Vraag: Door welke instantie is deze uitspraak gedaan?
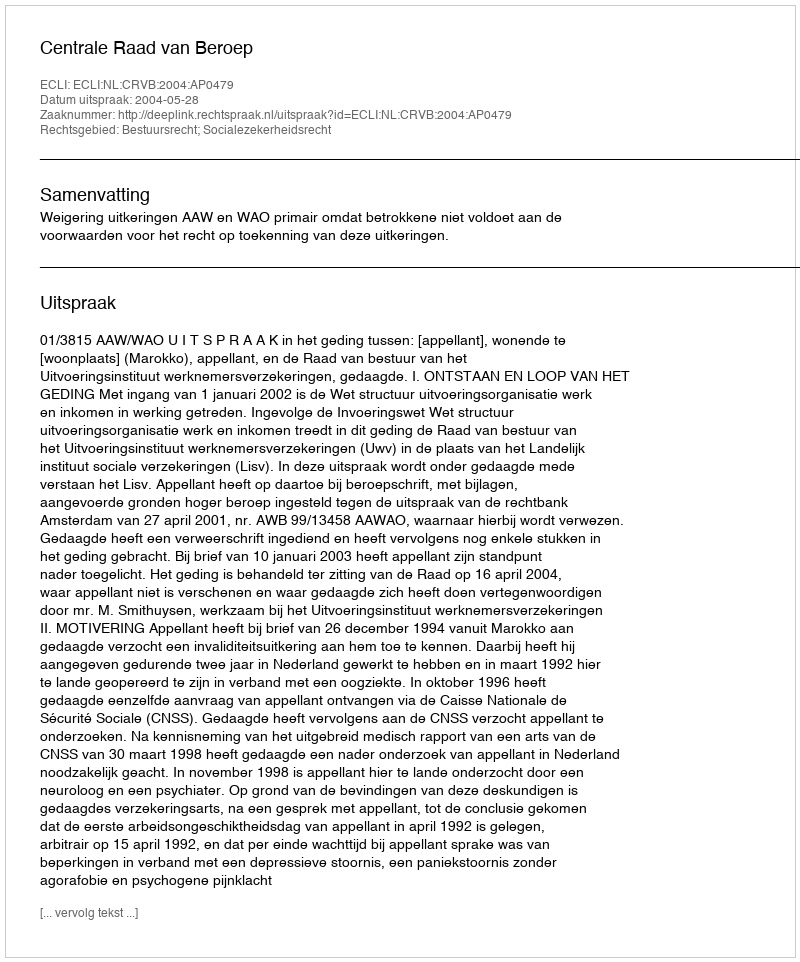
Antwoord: Centrale Raad van Beroep